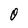
Character: 0